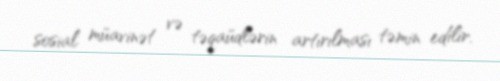
sosial müavinət və təqaüdlərin artırılması təmin edilir.